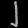
Digit: ၂